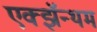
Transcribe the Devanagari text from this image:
एक्झॅन्थम